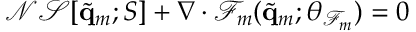
\mathcal { N S } [ \widetilde { \mathbf { q } } _ { m } ; S ] + \nabla \cdot \mathcal { F } _ { m } ( \widetilde { \mathbf { q } } _ { m } ; \boldsymbol { \theta } _ { \mathcal { F } _ { m } } ) = 0